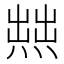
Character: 𱫼